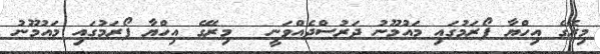
މިރޭގެ އިހްޔާ ފޯރަމުގައި މައުމޫނު ދަރުސްދެއްވަނީ  	މިރޭގެ އިހްޔާ ފޯރަމުގައި މައުމޫނު